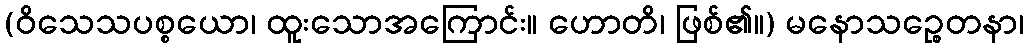
(ဝိသေသပစ္စယော၊ ထူးသောအကြောင်း။ ဟောတိ၊ ဖြစ်၏။) မနောသဉ္စေတနာ၊